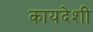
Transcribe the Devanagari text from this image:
कायदेशी